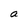
Character: a